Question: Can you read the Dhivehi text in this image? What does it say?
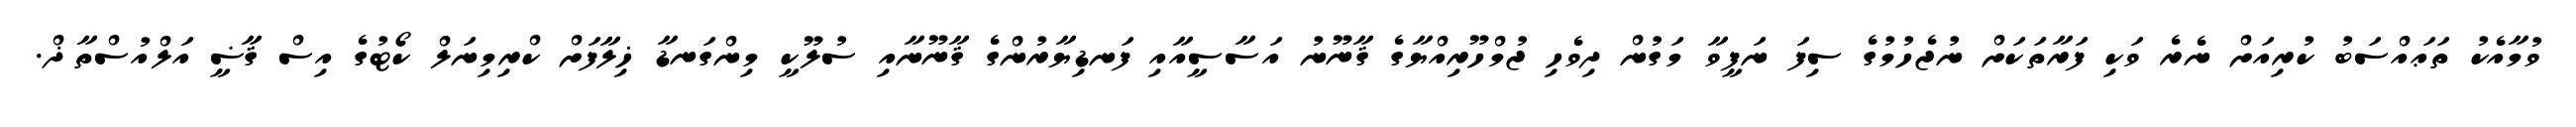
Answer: ވުމާއެކު ތަޢައްސަބު ކުރިއަށް ނެރެ ވަކި ފަރާތަކަށް ނުޖެހުމުގެ ސިފަ ނަފީވާ މަގުން ދިވެހި ޖުމްހޫރިއްޔާގެ ޤާނޫނު އަސާސީއާއި ފަނޑިޔާރުންގެ ޤާނޫނާއި ސުލޫކީ މިންގަނޑާ ޚިލާފަށް ކްރިމިނަލް ކޯޓުގެ އިސް ޤާޟީ އަލްއުސްތާޛް.